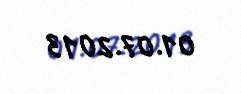
01.07.2013